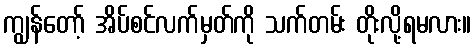
ကျွန်တော့် အိပ်စင်လက်မှတ်ကို သက်တမ်း တိုးလို့ရမလား။